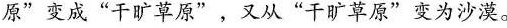
原”变成”干旷草原”，又从”干旷草原”变为沙漠。